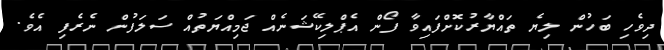
ދިވެހި ބަހުން ލިޔެ ތައްޔާރުކޮށްފައިވާ ފޯން އެޕްލިކޭޝަނެއް ޖަމިއްޔަތުއް ސަލަފުން ނެރެފި އެވެ.